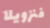
فنزويلا